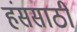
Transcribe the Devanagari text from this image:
हंससाठी